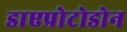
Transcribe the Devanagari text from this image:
डाएप्रोटोडोन